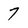
Character: 7